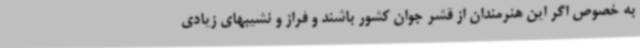
به خصوص اگر این هنرمندان از قشر جوان کشور باشند و فراز و نشیبهای زیادی